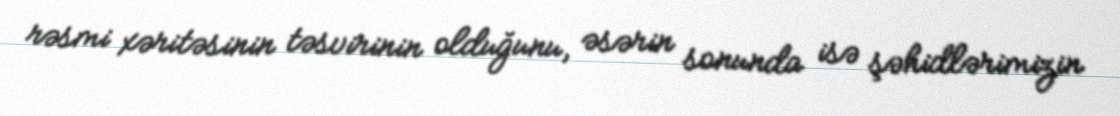
rəsmi xəritəsinin təsvirinin olduğunu, əsərin sonunda isə şəhidlərimizin